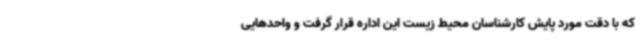
که با دقت مورد پایش کارشناسان محیط زیست این اداره قرار گرفت و واحدهایی